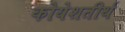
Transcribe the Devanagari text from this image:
कोयेशतीर्थ